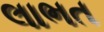
લાભત